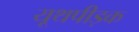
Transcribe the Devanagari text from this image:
यूथपीड़क